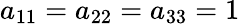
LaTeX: a_{11}=a_{22}=a_{33}=1